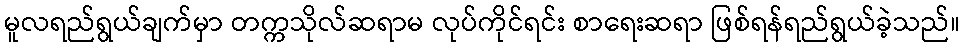
မူလရည်ရွယ်ချက်မှာ တက္ကသိုလ်ဆရာမ လုပ်ကိုင်ရင်း စာရေးဆရာ ဖြစ်ရန်ရည်ရွယ်ခဲ့သည်။